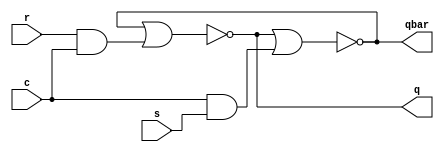
module sr_latch_wcip(c, r, s, q, qbar);
  input c, r, s;
  output q, qbar;
  wire r1, s1, q, qbar;
  and a1(r1, r, c);
  and a2(s1, c, s);
  nor nor1(q, qbar, r1);
  nor  nor2(qbar, q, s1);
endmodule